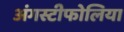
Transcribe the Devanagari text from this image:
अंगस्टीफोलिया